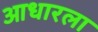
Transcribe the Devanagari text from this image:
आधारला